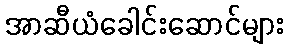
အာဆီယံခေါင်းဆောင်များ